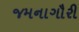
જમનાગૌરી